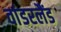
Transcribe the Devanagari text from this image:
वांडरलैंड